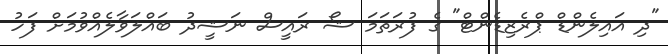
"ދި އައިލެންޑް ޕްރެޒިޑެންޓް" ގެ ފުރަތަމަ ޝޯ ރައީސް ނަޝީދު ބައްލަވާލެއްވުމަށް ފަހު